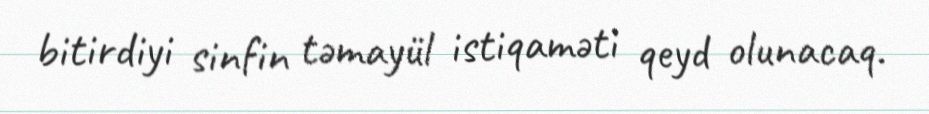
bitirdiyi sinfin təmayül istiqaməti qeyd olunacaq.